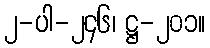
၂-ပါ-၂၄၆၊ ဋ္ဌ-၂၀၁။